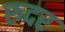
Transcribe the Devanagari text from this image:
रुदर